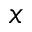
x